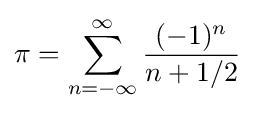
\pi =\sum _{n=-\infty }^{\infty }{\frac {(-1)^{n}}{n+1/2}}